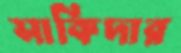
সাকিদার